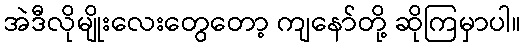
အဲဒီလိုမျိုးလေးတွေတော့ ကျနော်တို့ ဆိုကြမှာပါ။